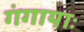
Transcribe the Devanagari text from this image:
गंगायाः